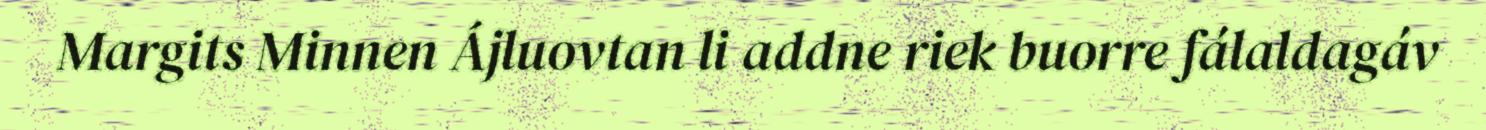
Margits Minnen Ájluovtan li addne riek buorre fálaldagáv